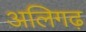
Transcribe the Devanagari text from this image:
अलिगढ़